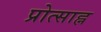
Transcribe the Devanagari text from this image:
प्रोत्साह्न